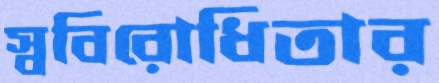
স্ববিরোধিতার